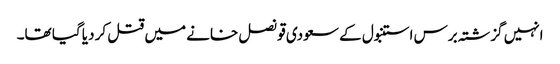
انہیں گزشتہ برس استنبول کے سعودی قونصل خانے میں قتل کر دیا گیا تھا۔